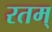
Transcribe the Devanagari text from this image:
रतम्